Leaving Certificate Examination (including Day School Certificate (Higher) General paper), 1939
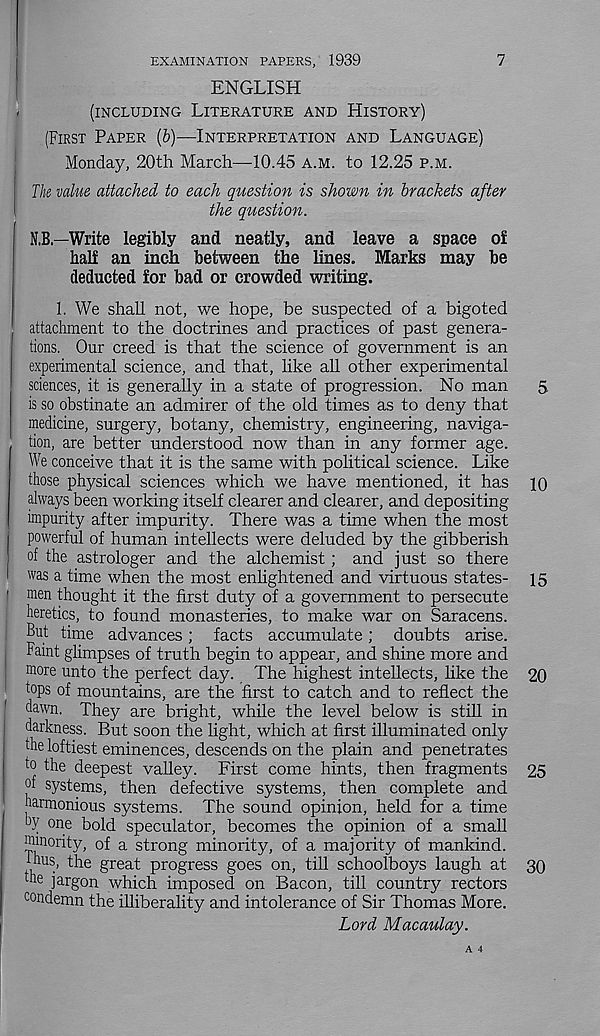
EXAMINATION PAPERS, 1939
7
ENGLISH
-
(INCLUDING LITERATURE AND HISTORY)
(FIRST PAPER (b)—INTERPRETATION AND LANGUAGE)
Monday, 20th March—10.45 A.M. to 12.25 P.M.
The value attached to each question is shown in brackets after
the question.
N.B.—Write legibly and neatly, and leave a space o£
half an inch between the lines. Marks may be
deducted for bad or crowded writing.
1. We shall not, we hope, be suspected of a bigoted
attachment to the doctrines and practices of past genera-
tions. Our creed is that the science of government is an
experimental science, and that, like all other experimental
sciences, it is generally in a state of progression. No man
is so obstinate an admirer of the old times as to deny that
medicine, surgery, botany, chemistry, engineering, naviga-
, tion, are better understood now than in any former age.
We conceive that it is the same with political science. Like
those physical sciences which we have mentioned, it has
always been working itself clearer and clearer, and depositing
impurity after impurity. There was a time when the most
powerful of human intellects were deluded by the gibberish
of the astrologer and the alchemist ; and just so there
was a time when the most enlightened and virtuous states-
I me n thought it the first duty of a government to persecute
heretics, to found monasteries, to make war on Saracens.
But time advances; facts accumulate; doubts arise.
Faint glimpses of truth begin to appear, and shine more and
more unto the perfect day. The highest intellects, like the
tops of mountains, are the first to catch and to reflect the
dawn. They are bright, while the level below is still in
darkness. But soon the light, which at first illuminated only
the loftiest eminences, descends on the plain and penetrates
to the deepest valley. First come hints, then fragments
m systems, then defective systems, then complete and
harmonious systems. The sound opinion, held for a time
oy one bold speculator, becomes the opinion of a small
minority, of a strong minority, of a majority of mankind,
thus, the great progress goes on, till schoolboys laugh at
the jargon which imposed on Bacon, till country rectors
condemn the illiberality and intolerance of Sir Thomas More.
Lord Macaulay.
5
10
15
20
25
30